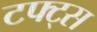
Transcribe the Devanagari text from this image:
टफ्ट्‌स